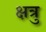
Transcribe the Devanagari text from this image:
क्षत्रु